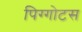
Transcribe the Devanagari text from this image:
पिग्गोटस